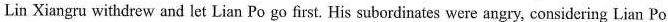
Lin Xiangru withdrew and let Lian Po go first. His subordinates were angry, considering Lian Po